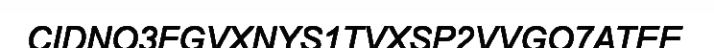
CIDNO3FGVXNYS1TVXSP2VVGO7ATEE